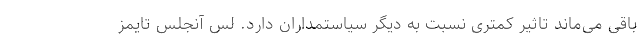
باقی می‌ماند تاثیر کمتری نسبت به دیگر سیاستمداران دارد. لس آنجلس تایمز